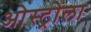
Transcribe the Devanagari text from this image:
ओस्ट्रोला